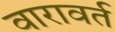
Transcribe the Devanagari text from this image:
वारावर्त